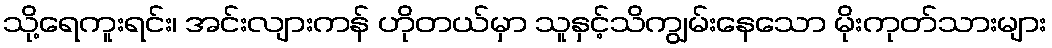
သို့ရေကူးရင်း၊ အင်းလျားကန် ဟိုတယ်မှာ သူနှင့်သိကျွမ်းနေသော မိုးကုတ်သားများ